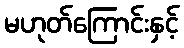
မဟုတ်ကြောင်းနှင့်